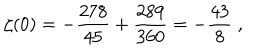
LaTeX: \zeta ( 0 ) = - { \frac { 2 7 8 } { 4 5 } } + { \frac { 2 8 9 } { 3 6 0 } } = - { \frac { 4 3 } { 8 } } \; ,